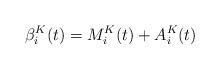
LaTeX: \begin{align*}\beta_{i}^K(t)=M^K_{i}(t) + A^K_{i}(t)\end{align*}